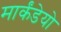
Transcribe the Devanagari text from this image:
मार्कंडेयो